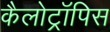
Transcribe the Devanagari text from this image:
कैलोट्रॉपिस